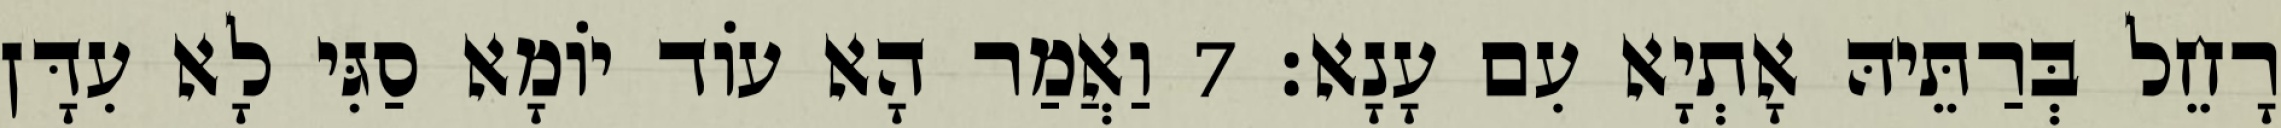
רָחֵל בְּרַתֵּיהּ אָתְיָא עִם עָנָא׃ 7 וַאֲמַר הָא עוֹד יוֹמָא סַגִּי לָא עִדָּן